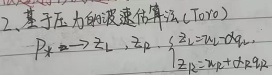
2、基于压力的波速估算法（Toro）：\(P_{k}\Rightarrow z_{1},\ z_{2}\)，\(\left\{\begin{array}{l}z_{1}=u - c_{k}\\z_{2}=u + c_{k}\end{array}\right.\)